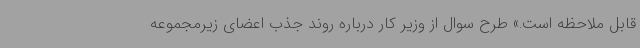
قابل ملاحظه است.» طرح سوال از وزیر کار درباره روند جذب اعضای زیرمجموعه